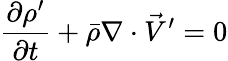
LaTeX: \frac{\partial\rho^{\prime}}{\partial t}+\bar{\rho}\nabla\cdot\vec{V}^{\prime}=0